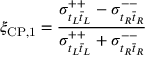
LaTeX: \xi _ { \mathrm { C P , 1 } } = \frac { \sigma _ { t _ { L } \bar { t } _ { L } } ^ { + + } - \sigma _ { t _ { R } \bar { t } _ { R } } ^ { -- } } { \sigma _ { t _ { L } \bar { t } _ { L } } ^ { + + } + \sigma _ { t _ { R } \bar { t } _ { R } } ^ { -- } }